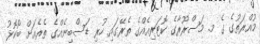
މުއްރަތުގެ ގެ މ. މަސްރޫރާގެ ކޮޓަރިއެއްގެ ތެރޭގައި ހުރި ޑަސްބިނެއްގެ ތެރެއަށް ބޯކޮޅު